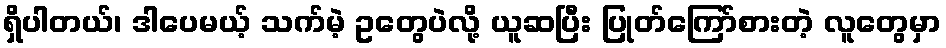
ရှိပါတယ်၊ ဒါပေမယ့် သက်မဲ့ ဥတွေပဲလို့ ယူဆပြီး ပြုတ်ကြော်စားတဲ့ လူတွေမှာ